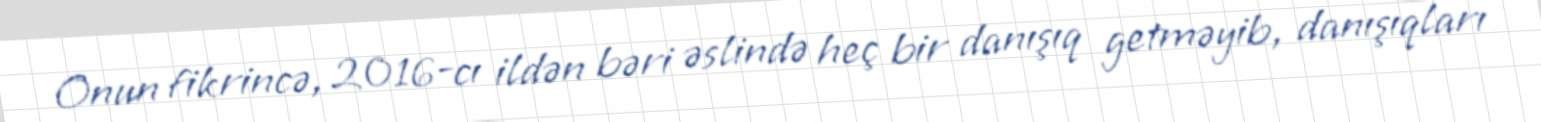
Onun fikrincə, 2016-cı ildən bəri əslində heç bir danışıq getməyib, danışıqları